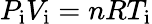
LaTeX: P_{\mathrm{i}}V_{\mathrm{i}}=nRT_{\mathrm{i}}